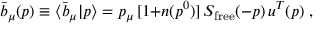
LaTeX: \bar { b } _ { \mu } ( p ) \equiv \langle \bar { b } _ { \mu } | p \rangle = p _ { \mu } \, [ 1 { + } n ( p ^ { 0 } ) ] \, S _ { \mathrm { f r e e } } ( - p ) \, u ^ { T } ( p ) \; ,